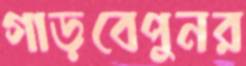
গাড়বেপুনর